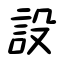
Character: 設